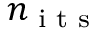
n _ { \textrm { i t s } }